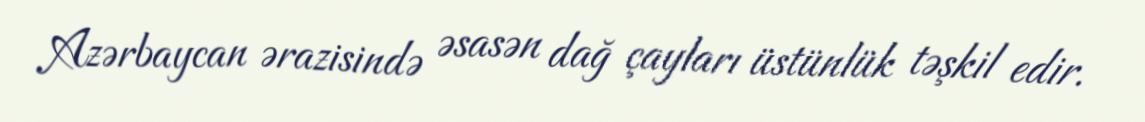
Azərbaycan ərazisində əsasən dağ çayları üstünlük təşkil edir.